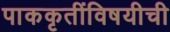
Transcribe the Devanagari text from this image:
पाककृतींविषयीची